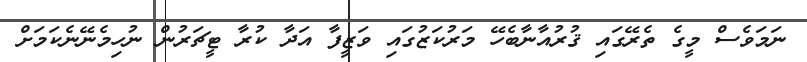
ނަމަވެސް މީގެ ތެރޭގައި ޤުރުއާނާބެހޭ މަރުކަޒުގައި ވަޒީފާ އަދާ ކުރާ ޓީޗަރުން ނުހިމެނޭނެކަމަށް